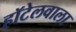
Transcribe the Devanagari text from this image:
हॉटेलवाला